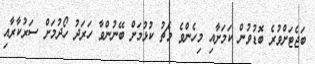
ބަޖެޓަށްވުރެ ބޮޑުވުން ކަމަށާއި މިހެންވެ މެޗު ކުޅުމަށް ބޭނުންވާ ހަރަދު ހޯދުމަށް ސަރުކާރާއި